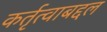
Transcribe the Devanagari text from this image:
कर्तृत्वाबद्दल